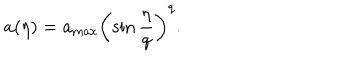
LaTeX: a ( \eta ) = a _ { \mathrm { m a x } } \left( \sin \frac { \eta } { q } \right) ^ { q } .